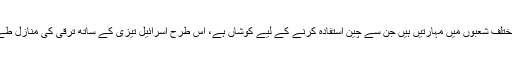
اس کی وجہ اسرائیلیوں کے زندگی کے مختلف شعبوں میں مہارتیں ہیں جن سے چین استفادہ کرنے کے لیے کوشاں ہے، اس طرح اسرائیل تیزی کے ساتھ ترقی کی منازل طے کرنے والے چین کے قریب ہو رہا ہے۔